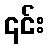
၎င်း